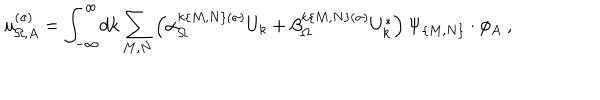
LaTeX: u _ { \Omega , A } ^ { ( \sigma ) } = \int _ { - \infty } ^ { \infty } \! d k \sum _ { M , N } \left( \alpha _ { \Omega } ^ { k \{ M , N \} ( \sigma ) } U _ { k } + \beta _ { \Omega } ^ { k \{ M , N \} ( \sigma ) } U _ { k } ^ { * } \right) \Psi _ { \{ M , N \} } \cdot \phi _ { A } \ ,